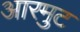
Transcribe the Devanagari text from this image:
आरमुट